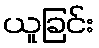
ယူခြင်း